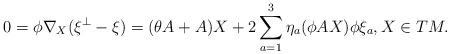
LaTeX: \begin{align*}0=\phi\nabla_X(\xi^\perp-\xi)=(\theta A+ A)X+2\sum^3_{a=1}\eta_a(\phi AX)\phi\xi_a, X\in TM.\end{align*}